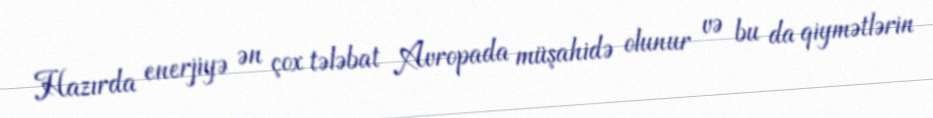
Hazırda enerjiyə ən çox tələbat Avropada müşahidə olunur və bu da qiymətlərin